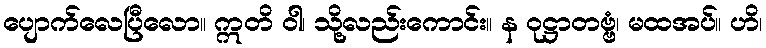
ပျောက်လေပြီလော။ ဣတိ ဝါ၊ သို့လည်းကောင်း။ န ဝုဋ္ဌာတဗ္ဗံ၊ မထအပ်။ ဟိ၊